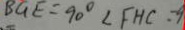
B G E = 9 0 ^ { \circ } \angle F H C = 9